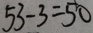
5 3 - 3 = 5 0